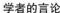
学者的言论